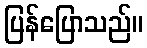
ပြန်ပြောသည်။